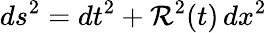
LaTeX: ds^{2}=dt^{2}+\mathcal{R}^{2}(t)\, dx^{2}